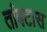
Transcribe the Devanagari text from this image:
तांबटास